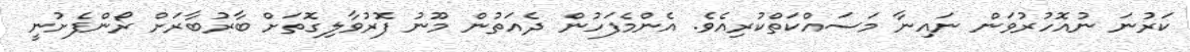
ކަރުނަ ނުއޮހުރުވަން ނައިނާ މަސައްކަތްކުރިއެވެ. އެންމެފަހުން ދެއަތުން މޫނު ފޮރުވާލިގޮތަށް ބާރުބާރަށް ރޯންފެށުނީ